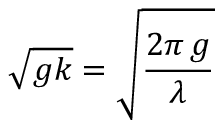
{ \sqrt { g k } } = { \sqrt { \frac { 2 \pi \, g } { \lambda } } }